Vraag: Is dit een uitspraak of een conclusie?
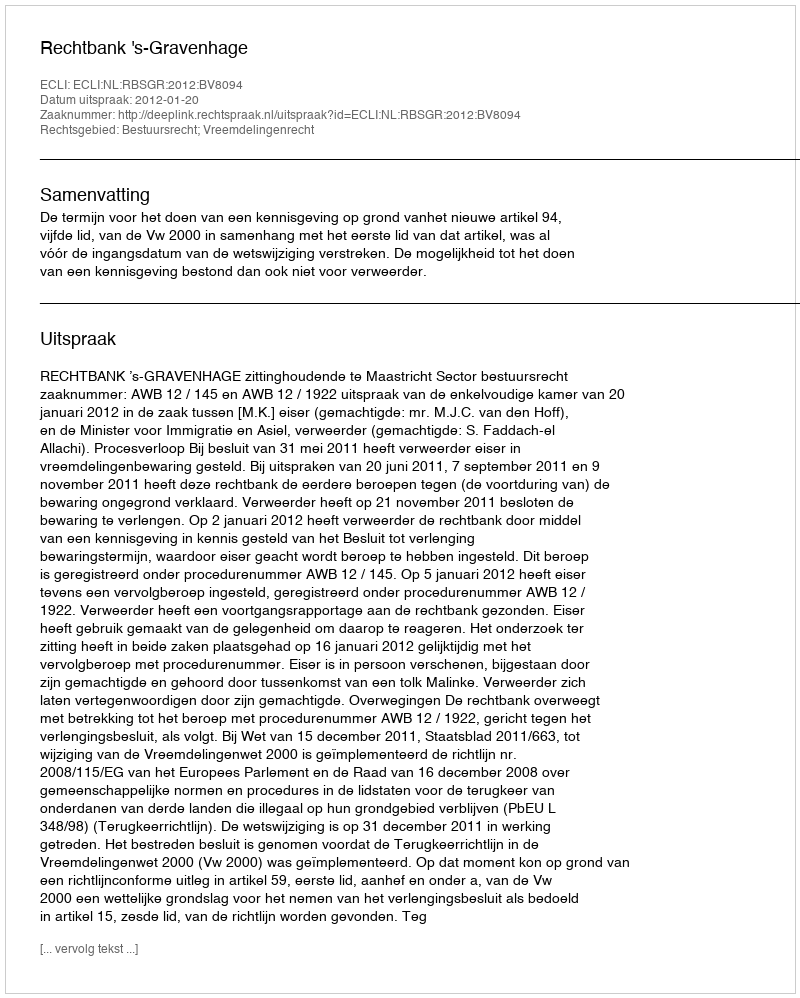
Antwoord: Uitspraak